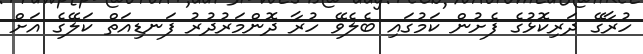
ހުރާގޭ ދަރިކޮޅުގެ ފެށުން ކަމުގައި ބެލެވޭ ހުރާ ދޮންމަރުދުރު ފަނޑިއަތް ކަލޭގެ އަށް